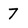
Character: 7